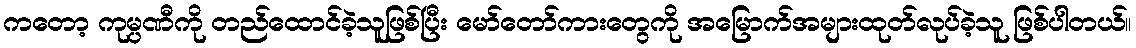
ကတော့ ကုမ္ပဏီကို တည်ထောင်ခဲ့သူဖြစ်ပြီး မော်တော်ကားတွေကို အမြောက်အများထုတ်လုပ်ခဲ့သူ ဖြစ်ပါတယ်။